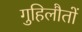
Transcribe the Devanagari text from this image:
गुहिलौतों